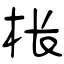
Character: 枨